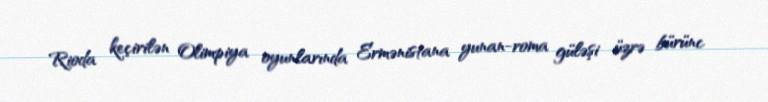
Rioda keçirilən Olimpiya oyunlarında Ermənistana yunan-roma güləşi üzrə bürünc